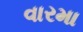
વારમા